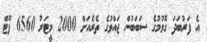
އެ ފަރުބަދަ ގޮވުމުގެ ސަބަބުން ޖައްވުގެ ތެރެއަށް 2000 މީޓަރު 6560 ފޫޓް